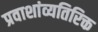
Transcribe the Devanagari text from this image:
प्रवाशांव्यतिरिक्त